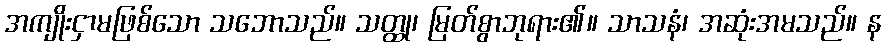
အကျိုးငှာမဖြစ်သော သဘောသည်။ သတ္ထု၊ မြတ်စွာဘုရား၏။ သာသနံ၊ အဆုံးအမသည်။ န